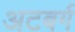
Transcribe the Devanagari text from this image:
अटबर्ग